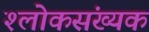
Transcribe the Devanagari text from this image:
श्लोकसंख्यक